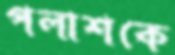
পলাশকে